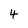
Character: 4